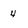
Character: 4